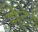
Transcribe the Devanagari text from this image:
सैंडेई